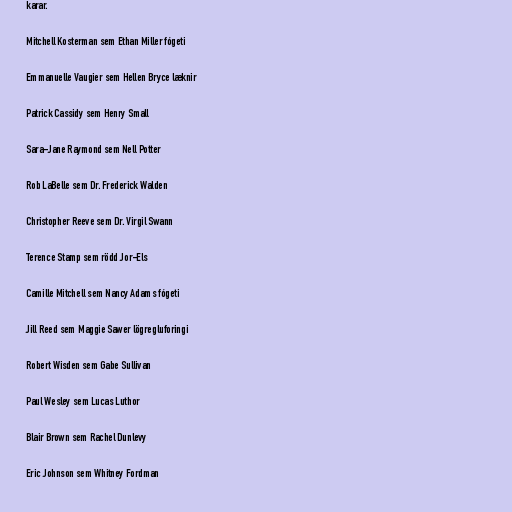
karar.

Mitchell Kosterman sem Ethan Miller fógeti

Emmanuelle Vaugier sem Hellen Bryce læknir

Patrick Cassidy sem Henry Small

Sara-Jane Raymond sem Nell Potter

Rob LaBelle sem Dr. Frederick Walden

Christopher Reeve sem Dr. Virgil Swann

Terence Stamp sem rödd Jor-Els

Camille Mitchell sem Nancy Adams fógeti

Jill Reed sem Maggie Sawer lögregluforingi

Robert Wisden sem Gabe Sullivan

Paul Wesley sem Lucas Luthor

Blair Brown sem Rachel Dunlevy

Eric Johnson sem Whitney Fordman